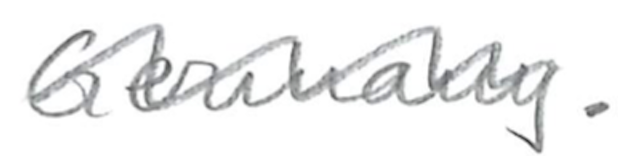
Text: Germany.
Cross-out: wave
Writing tool: pencil